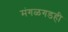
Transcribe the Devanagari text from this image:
मंगळगडही